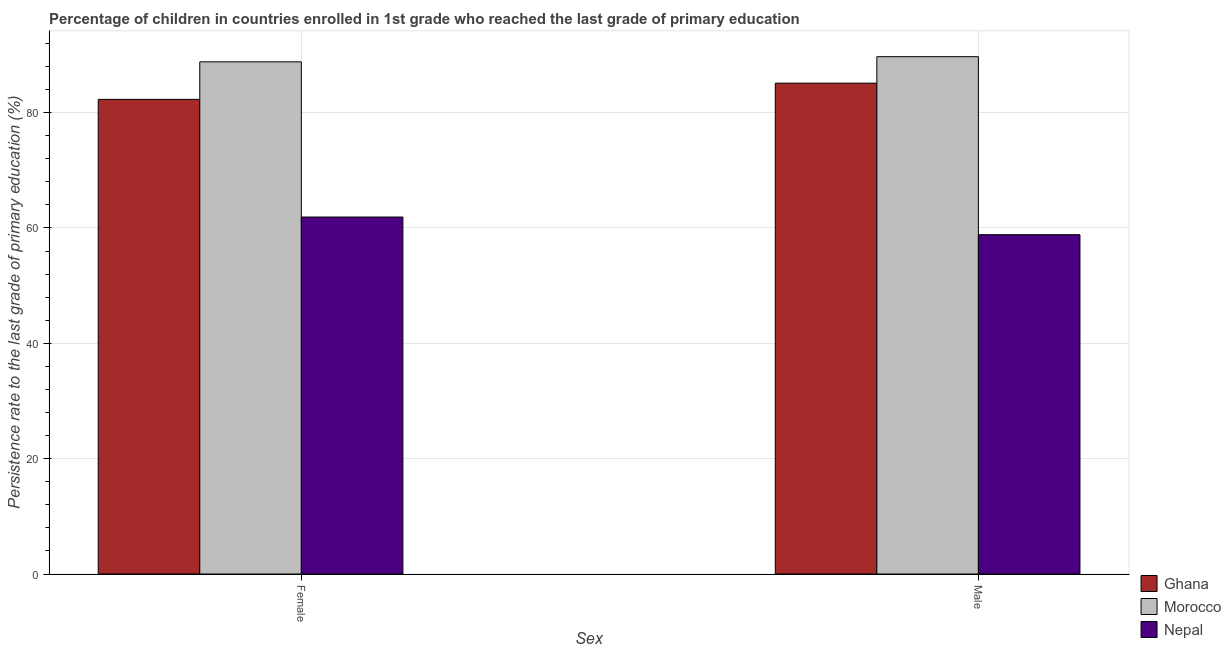
| Sex | Ghana | Morocco | Nepal |
 | --- | --- | --- | --- |
 | Female | 82.3 | 88.8 | 61.9 |
 | Male | 85.1 | 89.7 | 58.8 |